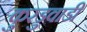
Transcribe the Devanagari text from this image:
कुरडुवाडी